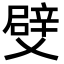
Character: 䢃